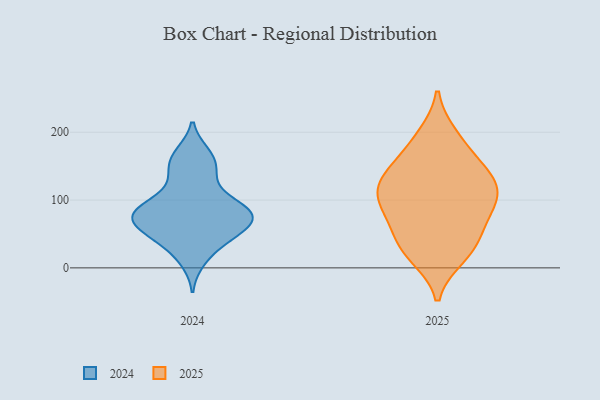
{"axis": {"x": "Operating Costs (USD K)", "y": "Value"}, "legend": ["2024", "2025"], "data": [{"x": "", "y": 57, "type": "2024"}, {"x": "", "y": 164, "type": "2024"}, {"x": "", "y": 77, "type": "2024"}, {"x": "", "y": 11, "type": "2024"}, {"x": "", "y": 91, "type": "2024"}, {"x": "", "y": 82, "type": "2024"}, {"x": "", "y": 168, "type": "2024"}, {"x": "", "y": 154, "type": "2024"}, {"x": "", "y": 68, "type": "2024"}, {"x": "", "y": 43, "type": "2024"}, {"x": "", "y": 84, "type": "2024"}, {"x": "", "y": 91, "type": "2024"}, {"x": "", "y": 56, "type": "2024"}, {"x": "", "y": 135, "type": "2024"}, {"x": "", "y": 63, "type": "2024"}, {"x": "", "y": 88, "type": "2024"}, {"x": "", "y": 56, "type": "2024"}, {"x": "", "y": 130, "type": "2024"}, {"x": "", "y": 28, "type": "2024"}, {"x": "", "y": 89, "type": "2024"}, {"x": "", "y": 20, "type": "2025"}, {"x": "", "y": 109, "type": "2025"}, {"x": "", "y": 62, "type": "2025"}, {"x": "", "y": 103, "type": "2025"}, {"x": "", "y": 196, "type": "2025"}, {"x": "", "y": 92, "type": "2025"}, {"x": "", "y": 92, "type": "2025"}, {"x": "", "y": 135, "type": "2025"}, {"x": "", "y": 16, "type": "2025"}, {"x": "", "y": 41, "type": "2025"}, {"x": "", "y": 122, "type": "2025"}, {"x": "", "y": 87, "type": "2025"}, {"x": "", "y": 56, "type": "2025"}, {"x": "", "y": 132, "type": "2025"}, {"x": "", "y": 191, "type": "2025"}, {"x": "", "y": 127, "type": "2025"}, {"x": "", "y": 159, "type": "2025"}, {"x": "", "y": 27, "type": "2025"}, {"x": "", "y": 154, "type": "2025"}]}